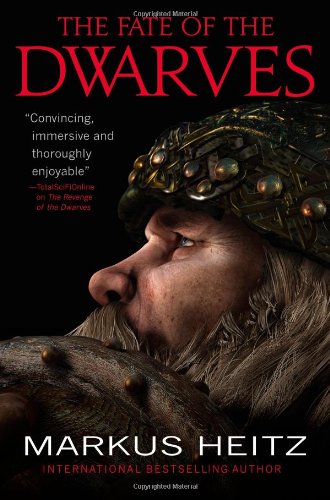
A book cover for The Fate of the Dwarves; Markus Heitz; Science Fiction & Fantasy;